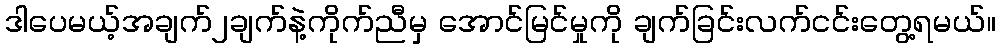
ဒါပေမယ့်အချက်၂ချက်နဲ့ကိုက်ညီမှ အောင်မြင်မှုကို ချက်ခြင်းလက်ငင်းတွေ့ရမယ်။